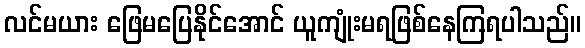
လင်မယား ဖြေမပြေနိုင်အောင် ယူကျုံးမရဖြစ်နေကြရပါသည်။